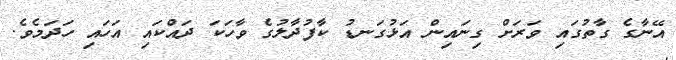
އޭނާގެ ގާތުގައި ވަރަށް ގިނައިން އަޅުގަނޑު ކާފުދާލުގެ ވާހަކަ ދައްކައި އަހައި ހަދަމެވެ.